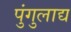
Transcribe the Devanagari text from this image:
पुंगुलाद्य